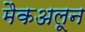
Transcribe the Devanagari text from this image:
मैकअलून